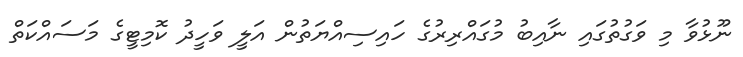
ނޫޅުވާ މި ވަގުތުގައި ނާއިބު މުގައްރިރުގެ ހައިސިއްޔަތުން އަލީ ވަހީދު ކޮމިޓީގެ މަސައްކަތް